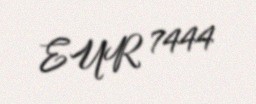
EUR 7444